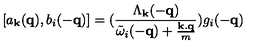
[ a _ { { \bf { k } } } ( { \bf { q } } ) , b _ { i } ( - { \bf { q } } ) ] = ( \frac { \Lambda _ { { \bf { k } } } ( - { \bf { q } } ) } { { \tilde { \omega } } _ { i } ( - { \bf { q } } ) + \frac { { \bf { k . q } } } { m } } ) g _ { i } ( - { \bf { q } } )